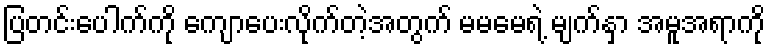
ပြတင်းပေါက်ကို ကျောပေးလိုက်တဲ့အတွက် မမမေရဲ့ မျက်နှာ အမူအရာကို